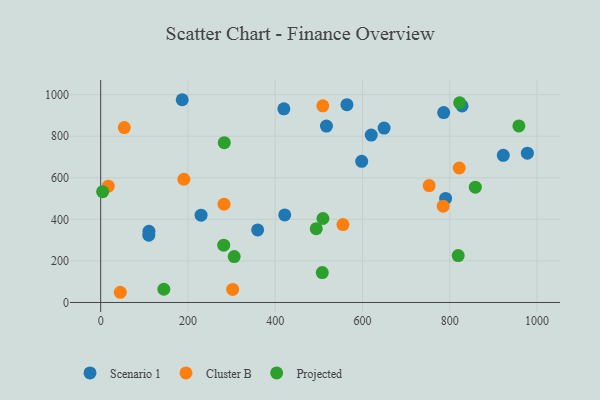
{"axis": {"x": "Speed", "y": "Sales"}, "legend": ["Cluster B", "Projected", "Scenario 1"], "data": [{"x": "421.8", "y": 421.5, "type": "Scenario 1"}, {"x": "517.4", "y": 849.0, "type": "Scenario 1"}, {"x": "110.3", "y": 323.8, "type": "Scenario 1"}, {"x": "419.9", "y": 932.2, "type": "Scenario 1"}, {"x": "620.1", "y": 805.9, "type": "Scenario 1"}, {"x": "564.4", "y": 952.2, "type": "Scenario 1"}, {"x": "186.9", "y": 975.8, "type": "Scenario 1"}, {"x": "649.5", "y": 839.2, "type": "Scenario 1"}, {"x": "828.2", "y": 946.0, "type": "Scenario 1"}, {"x": "110.7", "y": 342.6, "type": "Scenario 1"}, {"x": "922.7", "y": 708.1, "type": "Scenario 1"}, {"x": "790.5", "y": 500.8, "type": "Scenario 1"}, {"x": "977.9", "y": 718.4, "type": "Scenario 1"}, {"x": "230.1", "y": 420.4, "type": "Scenario 1"}, {"x": "598.2", "y": 679.2, "type": "Scenario 1"}, {"x": "786.1", "y": 914.0, "type": "Scenario 1"}, {"x": "359.8", "y": 349.0, "type": "Scenario 1"}, {"x": "302.5", "y": 62.6, "type": "Cluster B"}, {"x": "54.2", "y": 841.6, "type": "Cluster B"}, {"x": "17.5", "y": 559.9, "type": "Cluster B"}, {"x": "784.9", "y": 463.4, "type": "Cluster B"}, {"x": "555.3", "y": 375.0, "type": "Cluster B"}, {"x": "45.0", "y": 49.1, "type": "Cluster B"}, {"x": "282.8", "y": 473.1, "type": "Cluster B"}, {"x": "821.8", "y": 647.3, "type": "Cluster B"}, {"x": "509.1", "y": 946.6, "type": "Cluster B"}, {"x": "190.7", "y": 593.0, "type": "Cluster B"}, {"x": "752.8", "y": 562.4, "type": "Cluster B"}, {"x": "507.9", "y": 144.0, "type": "Projected"}, {"x": "144.8", "y": 63.6, "type": "Projected"}, {"x": "283.3", "y": 769.1, "type": "Projected"}, {"x": "306.0", "y": 220.8, "type": "Projected"}, {"x": "822.6", "y": 961.2, "type": "Projected"}, {"x": "494.0", "y": 355.2, "type": "Projected"}, {"x": "858.6", "y": 555.1, "type": "Projected"}, {"x": "819.4", "y": 225.7, "type": "Projected"}, {"x": "958.4", "y": 849.5, "type": "Projected"}, {"x": "509.4", "y": 404.1, "type": "Projected"}, {"x": "282.0", "y": 275.6, "type": "Projected"}, {"x": "4.5", "y": 533.3, "type": "Projected"}]}